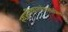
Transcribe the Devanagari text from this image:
स्वप्रतिकारयंत्रणेतील